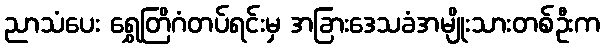
ညာသံပေး ရွှေတြိဂံတပ်ရင်းမှ အခြားဒေသခံအမျိုးသားတစ်ဦးက